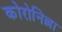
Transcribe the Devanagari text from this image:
कोरोनिल्ला